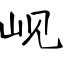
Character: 岘